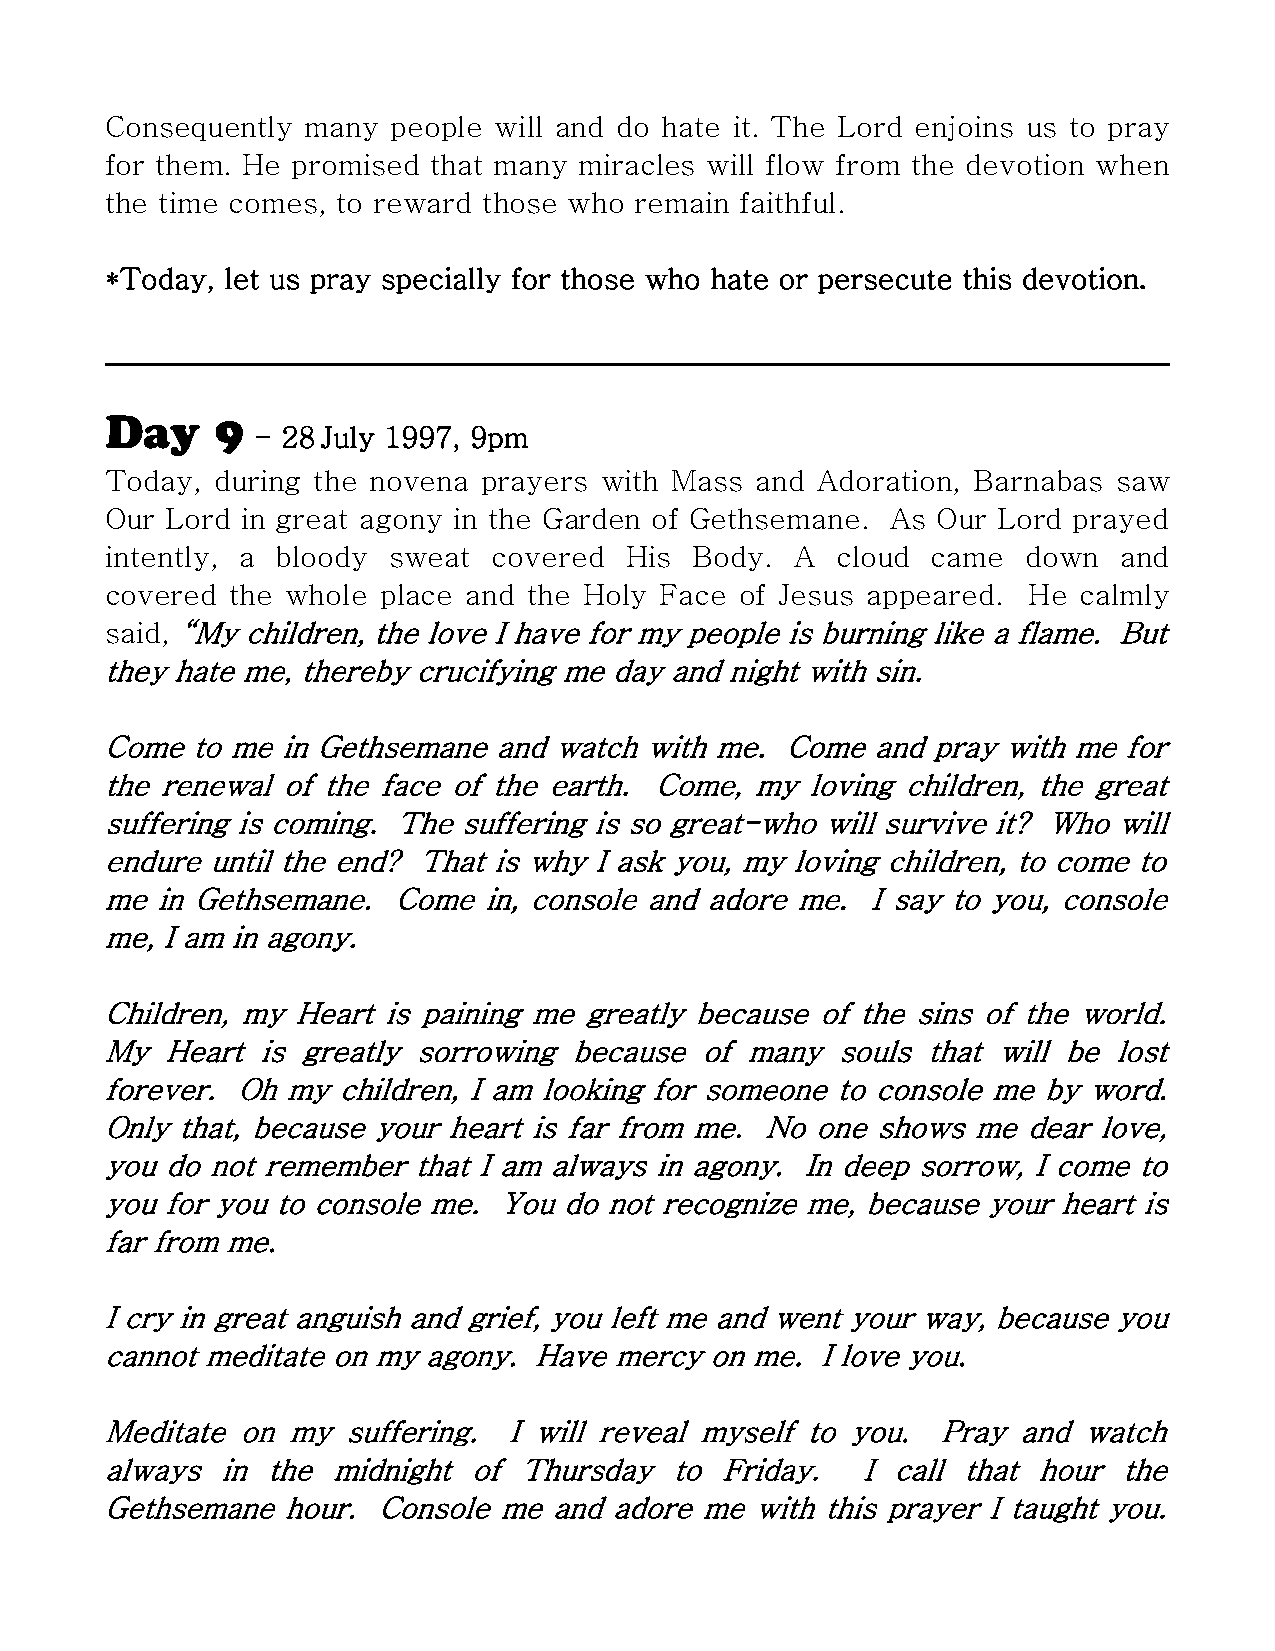
Consequently many  people will and do hate it. The Lord enjoins us to pray
 for them. He promised that many miracles will flow from the devotion when
 the time comes, to reward those who remain faithful.
 *Today, let us pray specially for those who hate or persecute this devotion.
 Day    9
 - 28 July 1997, 9pm
 Today, during the novena prayers with Mass and Adoration, Barnabas saw
 Our Lord in great agony in the Garden of Gethsemane. As Our Lord prayed
 intently, a bloody sweat  covered His  Body.  A cloud  came  down  and
 covered the whole place and the Holy Face of Jesus appeared. He calmly
 said, “My children, the love I have for my people is burning like a flame. But
 they hate me, thereby crucifying me day and night with sin.
 Come  to me in Gethsemane and watch with me. Come  and pray with me for
 the renewal of the face of the earth. Come, my loving children, the great
 suffering is coming. The suffering is so great-who will survive it? Who will
 endure until the end? That is why I ask you, my loving children, to come to
 me in Gethsemane.  Come  in, console and adore me. I say to you, console
 me, I am in agony.
 Children, my Heart is paining me greatly because of the sins of the world.
 My  Heart is greatly sorrowing because of many  souls that will be lost
 forever. Oh my children, I am looking for someone to console me by word.
 Only that, because your heart is far from me. No one shows me dear love,
 you do not remember that I am always in agony. In deep sorrow, I come to
 you for you to console me. You do not recognize me, because your heart is
 far from me.
 I cry in great anguish and grief, you left me and went your way, because you
 cannot meditate on my agony. Have mercy on me. I love you.
 Meditate on my  suffering. I will reveal myself to you. Pray and watch
 always  in the midnight of Thursday   to Friday.  I call that hour the
 Gethsemane  hour. Console me  and adore me with this prayer I taught you.